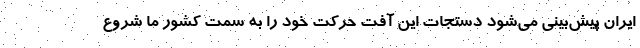
ایران پیش‌بینی می‌شود دستجات این آفت حرکت خود را به سمت کشور ما شروع